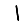
Digit: 1